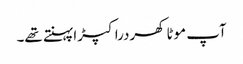
آپ موٹا کھردرا کپڑا پہنتے تھے۔